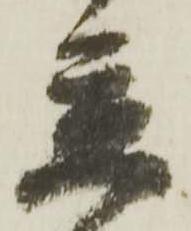
立